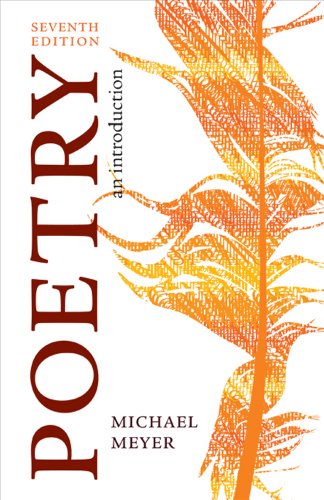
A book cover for Poetry: An Introduction; Michael Meyer; Literature & Fiction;